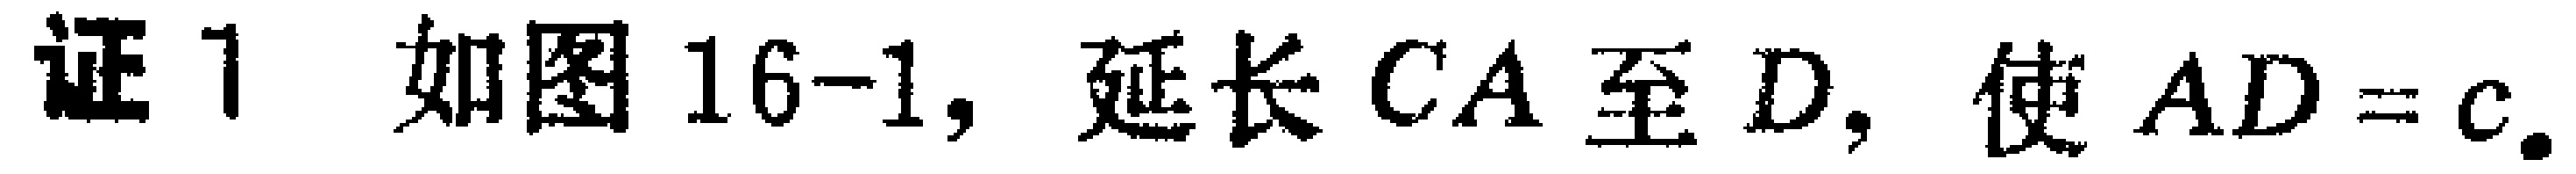
证1 如图16-1, 延长 \(CA\) 至 \(D\), 使 \(AD = c\).